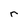
Character: r